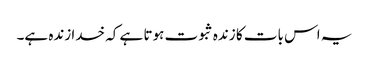
یہ اس بات کا زندہ ثبوت ہوتا ہے کہ خدا زندہ ہے۔